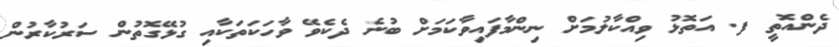
ދެންއޮތީ ފ. އަތޮޅު ވިއްކާލުމަށް ނިންމާފައިވާކަމަށް ބުނެ ދެކެވޭ ވާހަކަތަކާއި ގުޅޭގޮތުން ސަރުކާރުން